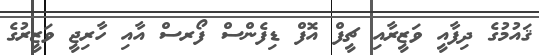
ޤައުމުގެ ދިފާއީ ވަޒީރާއި ޗީފް އޮފް ޑިފެންސް ފޯރސް އާއި ހާރިޖީ ވަޒީރުގެ